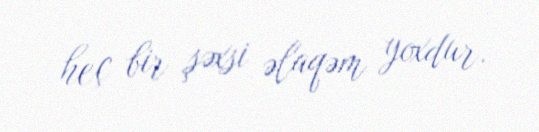
heç bir şəxsi əlaqəm yoxdur.